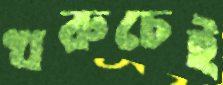
খরুচেই